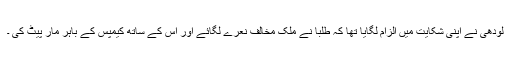
لودھی نے اپنی شکایت میں الزام لگایا تھا کہ طلبا نے ملک مخالف نعرے لگائے اور اس کے ساتھ کیمپس کے باہر مار پیٹ کی ۔